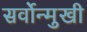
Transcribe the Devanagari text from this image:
सर्वोन्मुखी